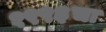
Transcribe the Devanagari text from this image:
१९९३चा